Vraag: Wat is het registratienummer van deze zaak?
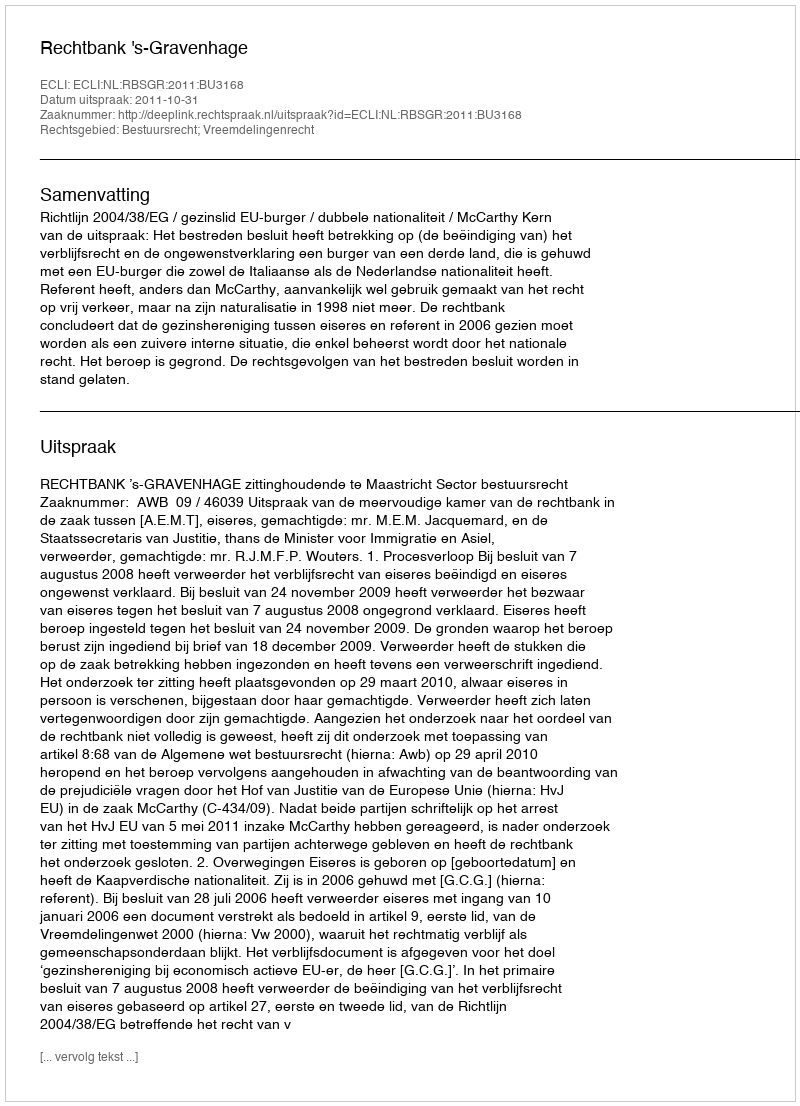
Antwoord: http://deeplink.rechtspraak.nl/uitspraak?id=ECLI:NL:RBSGR:2011:BU3168